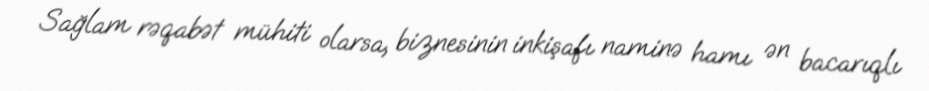
Sağlam rəqabət mühiti olarsa, biznesinin inkişafı naminə hamı ən bacarıqlı